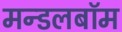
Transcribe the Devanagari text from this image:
मन्डलबॉम